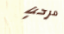
مرحبا